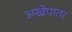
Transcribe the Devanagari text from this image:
अखेपातर